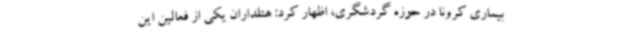
بیماری کرونا در حوزه گردشگری، اظهار کرد: هتلداران یکی از فعالین این